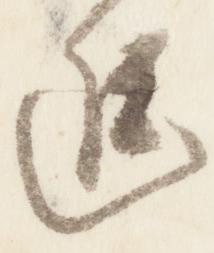
進